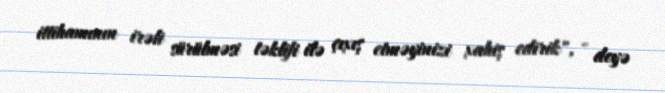
ittihamının irəli sürülməsi təklifi ilə çıxış etməyinizi xahiş edirik", - deyə